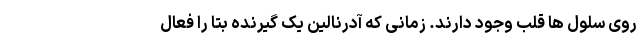
روی سلول ها قلب وجود دارند. زمانی که آدرنالین یک گیرنده بتا را فعال